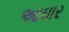
આઘાર